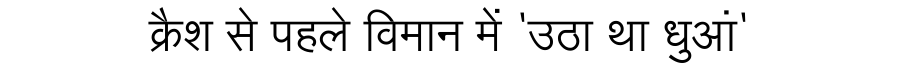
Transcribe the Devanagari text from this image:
क्रैश से पहले विमान में 'उठा था धुआं'